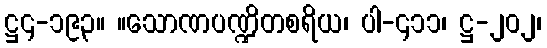
ဋ္ဌ၄-၁၉၃။ ။သောဏပဏ္ဍိတစရိယ၊ ပါ-၄၁၁၊ ဋ္ဌ-၂၀၂၊